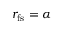
r _ { \mathrm { f s } } = \alpha